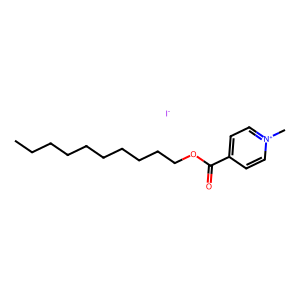
SMILES: CCCCCCCCCCOC(=O)c1cc[n+](C)cc1.[I-]
Inhibits HIV replication: No